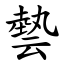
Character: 㙯